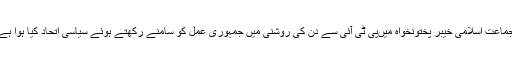
جماعت اسلامی خیبر پختونخواہ میںپی ٹی آئی سے دن کی روشنی میں جمہوری عمل کو سامنے رکھتے ہوئے سیاسی اتحاد کیا ہوا ہے۔